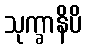
သုက္ခာနိပိ